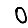
Digit: 0